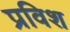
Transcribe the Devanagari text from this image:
प्रविश